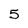
Character: 5